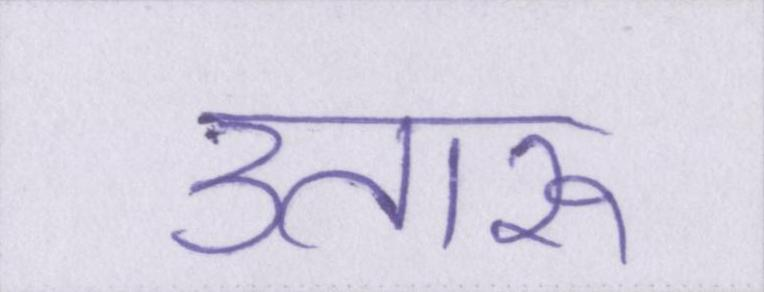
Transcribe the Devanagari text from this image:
उतारू